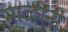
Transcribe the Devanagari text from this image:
माळींनी